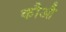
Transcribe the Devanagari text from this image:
कौऔ